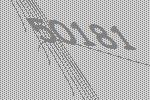
50181